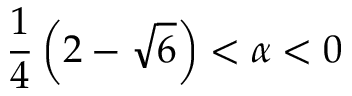
\frac { 1 } { 4 } \left( 2 - \sqrt { 6 } \right) < \alpha < 0